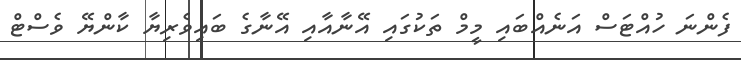
ފެންނަ ހުއްޓަސް އަނެއްބައި މީމް ތަކުގައި އޭނާއާއި އޭނާގެ ބައިވެރިޔާ ކާންޔޭ ވެސްޓް